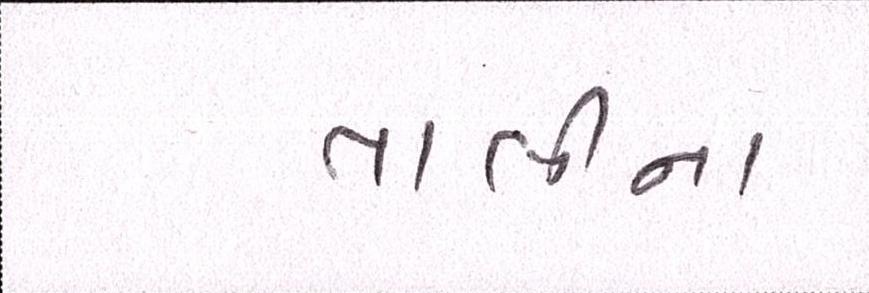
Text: તાલીના